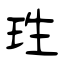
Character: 珄